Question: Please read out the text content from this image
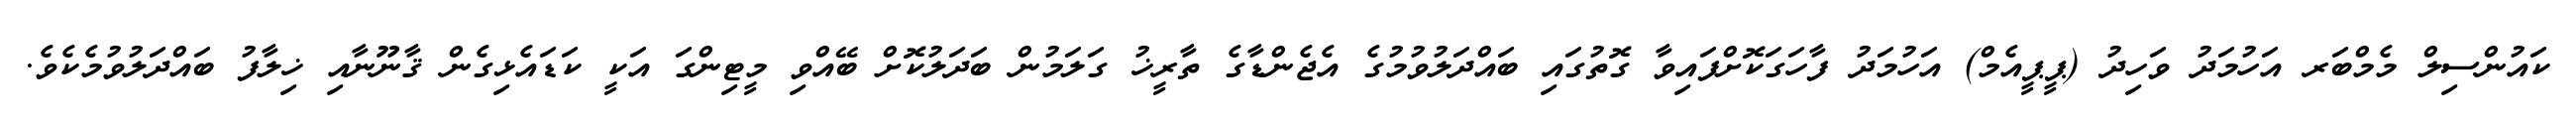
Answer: ކައުންސިލް މެމްބަރ އަހުމަދު ވަހިދު (ޕީޕީއެމް) އަހުމަދު ފާހަގަކޮށްފައިވާ ގޮތުގައި ބައްދަލުވުމުގެ އެޖެންޑާގެ ތާރީޚު ގަލަމުން ބަދަލުކޮށް ބޭއްވި މީޓިންގަ އަކީ ކަޑައެޅިގެން ޤާނޫނާއި ޚިލާފު ބައްދަލުވުމެކެވެ.